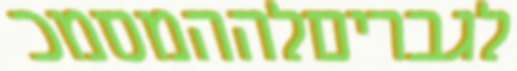
לגבריםלההמסמכ